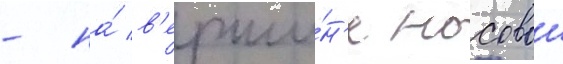
- на́ в'ерши́н'е носовои